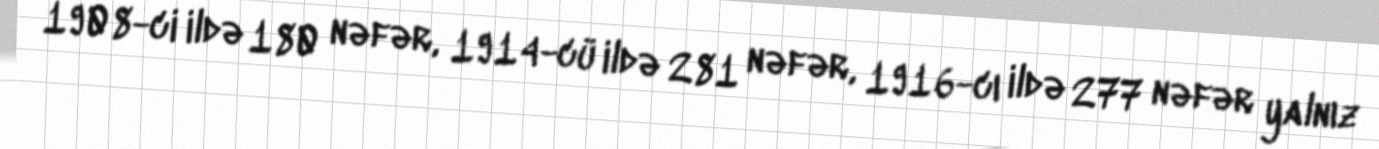
1908-ci ildə 180 nəfər, 1914-cü ildə 281 nəfər, 1916-cı ildə 277 nəfər yalnız